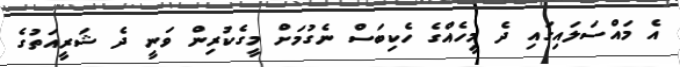
އެ މައްސަލައިގައި ދެ މީހެއްގެ ހެކިބަސް ނެގުމަށް މީގެކުރިން ވަނީ ދެ ޝަރީއަތުގެ